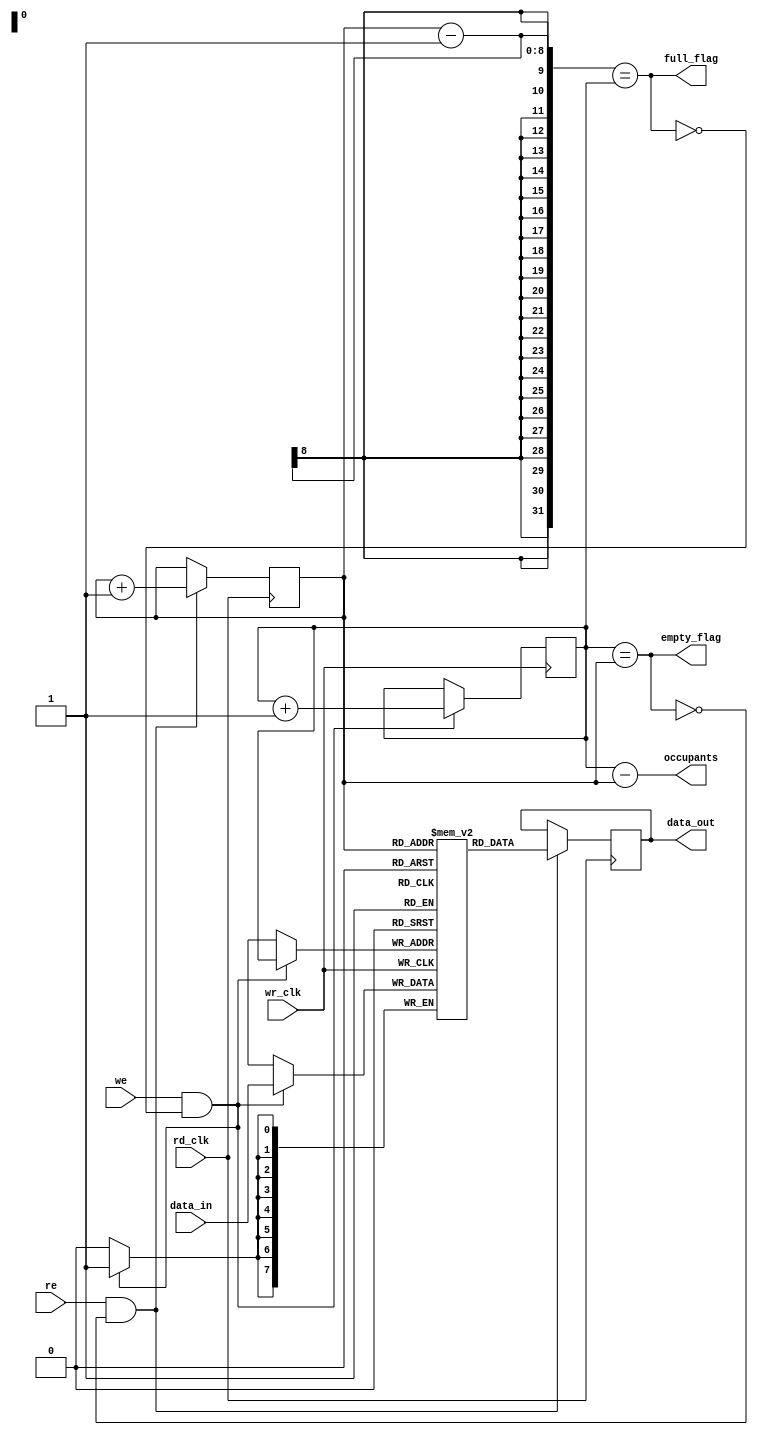
`timescale 1ns / 1ps
//////////////////////////////////////////////////////////////////////////////////
// Design Name: Asynchronous FIFO
// Module Name: fifo
// Description:  
// 


//////////////////////////////////////////////////////////////////////////////////


module fifo #(
  parameter DATA_WIDTH = 8,
  parameter ADDR_WIDTH = 8,
  // shifting the binary number 1 to the left by ADDR_WIDTH positions
  parameter RAM_DEPTH = 1 << ADDR_WIDTH)(
                   
  input         wr_clk,              
  //Frequency at which the data is being written to the fifo
  input         rd_clk,              
  //Frequency at which the data is being read from the fifo
  input         we,                  
  //Whenever the valid from the preceding module is asserted the data is being written
  input         re,                  
  //Whenever the valid from the succeeding module is asserted the data is being read
  input [DATA_WIDTH-1:0]   data_in,  
  //The data that's written
  output [DATA_WIDTH-1:0]  data_out, 
  //The data that's read
  output        full_flag,           
  //Full flag is asserted when all locations of the FIFO is full
  output        empty_flag,          
  //Empty flag is asserted when the fifo is empty
  output [ADDR_WIDTH-1:0] occupants  
  //Gives the no. of elements/data in the FIFO 
);
  reg [DATA_WIDTH-1:0]  mem [RAM_DEPTH-1:0];
  reg [ADDR_WIDTH-1:0]        rptr = 0;  //[$clog2(DEPTH)-1:0] 
  //Points to the data that's being read
  reg [ADDR_WIDTH-1:0]        wptr = 0;  
  //Points to the data that's being written
  reg [DATA_WIDTH-1:0]        r_data_out = 0; 
  integer i;

  initial begin
    for (i = 0; i < RAM_DEPTH; i = i + 1) begin
        mem[i] = 0;
    end
  end

// Writing the incoming data in the memory when the write enable is high 
  always @(posedge wr_clk) begin
    if (we & !full_flag) begin
      mem[wptr] <= data_in;
      wptr <= wptr + 1;
    end  
  end 
// Reading the first written data from the memory when the read enable is high  
  always @(posedge rd_clk) begin
    if (re & !empty_flag) begin
      r_data_out <= mem[rptr];
      rptr <= rptr + 1;
    end  
  end
// Full flag is raised when the read pointer is one position ahead of the write pointer     
  assign full_flag = (rptr-1 == wptr);
// Empty flag is raised when the read and pointer are at the same location
  assign empty_flag = (wptr == rptr);
  assign occupants = wptr - rptr;
  assign data_out = r_data_out;   
endmodule